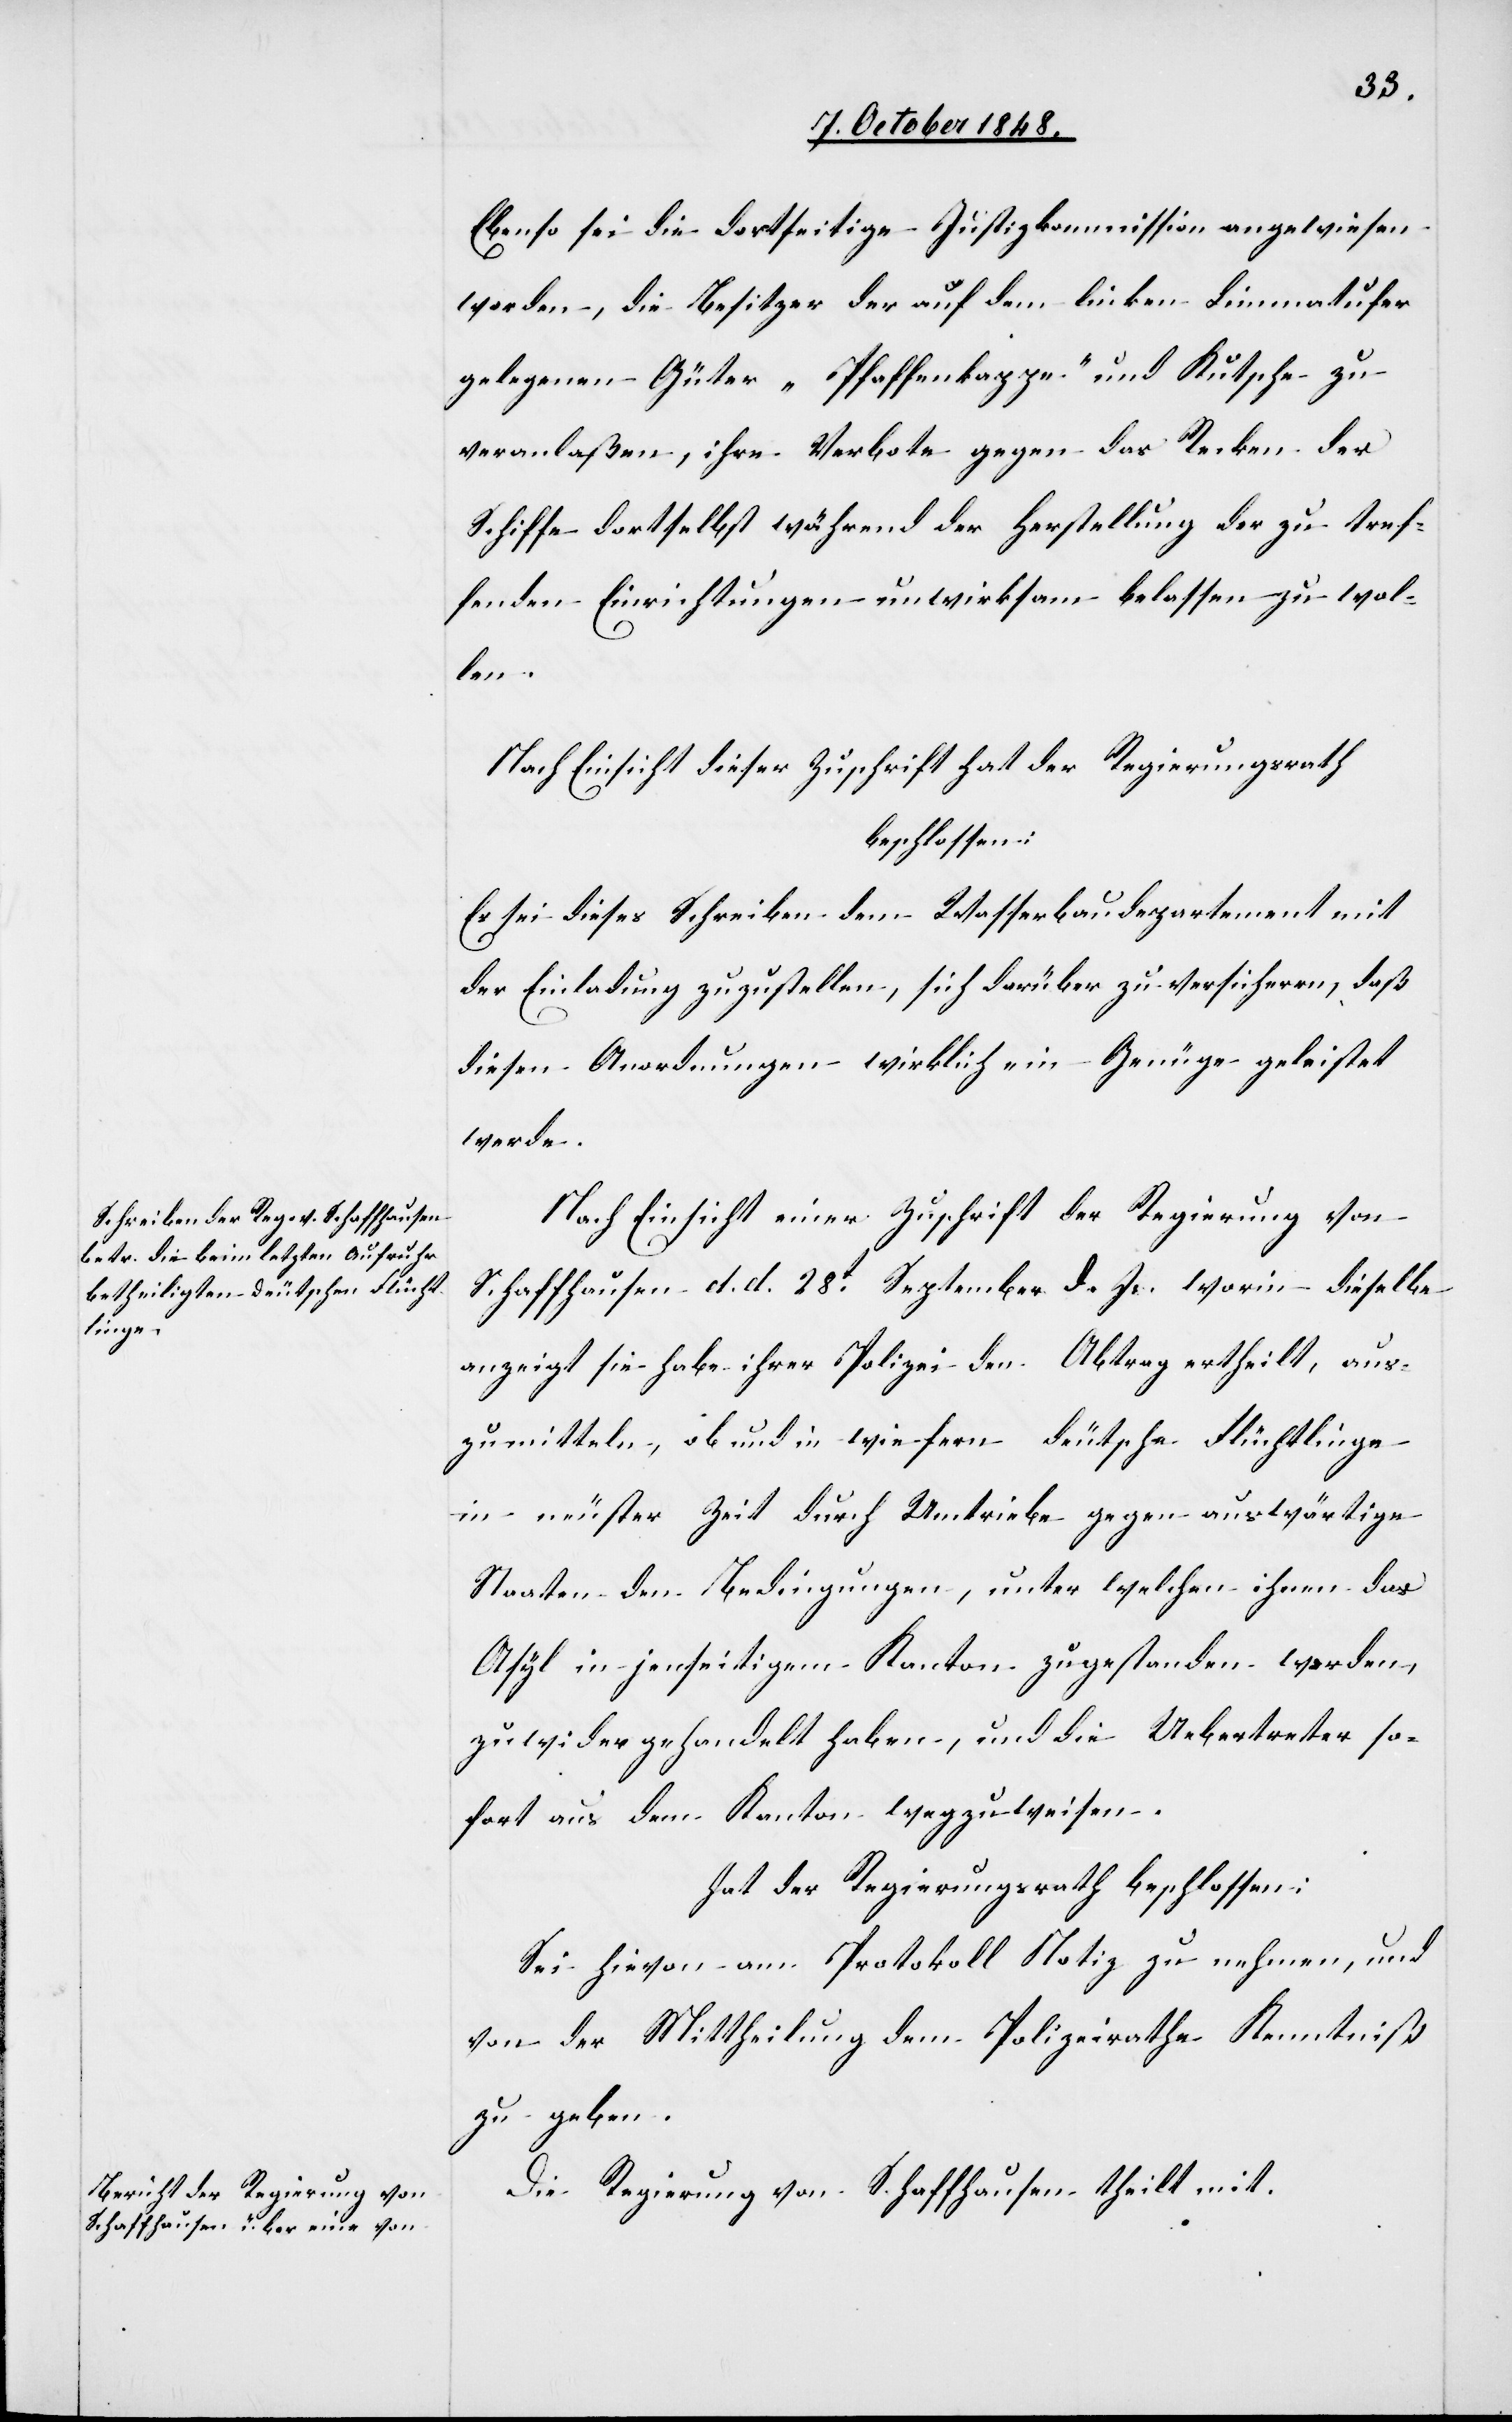
Ebenso sei die dortseitige Justizkommission angewiesen
worden, die Besitzer der auf dem linken Limmatufer
gelegenen Güter „Pfaffenkappe“ und Kutsche zu
veranlaßen, ihre Verbote gegen das Recken der
Schiffe dortselbst während der Herstellung der zu tref¬
fenden Einrichtungen unwirksam belassen zu wol¬
len.
Nach Einsicht dieser Zuschrift hat der Regierungsrath
beschlossen:
Es sei dieses Schreiben dem Wasserbaudepartement mit
der Einladung zuzustellen, sich darüber zu versichern, daß
diesen Anordnungen wirklich ein Genüge geleistet
werde.
Nach Einsicht einer Zuschrift der Regierung von
Schaffhausen d. d. 28t d. Js. worin dieselbe
anzeigt sie habe ihrer Polizei den Auftrag ertheilt, aus¬
zumitteln, ob und in wie fern deutsche Flüchtlinge
in neuster Zeit durch Umtriebe gegen auswärtige
Staaten den Bedingungen, unter welchen ihnen das
Asyl in jenseitigem Kanton zugestanden worden,
zuwidergehandelt haben, und die Uebertreter so¬
fort aus dem Kanton wegzuweisen.
hat der Regierungsrath beschlossen:
Sei hievon am Protokoll Notiz zu nehmen, und
von der Mittheilung dem Polizeirathe Kenntniß
zu geben.
Die Regierung von Schaffhausen theilt mit.